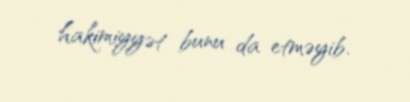
hakimiyyət bunu da etməyib.